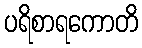
ပရိစာရကောတိ